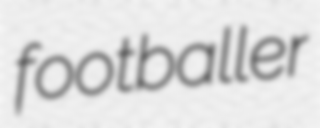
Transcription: footballer